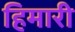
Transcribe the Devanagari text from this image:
हिमारी